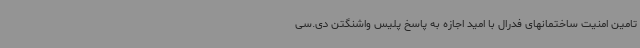
تامین امنیت ساختمانهای فدرال با امید اجازه به پاسخ پلیس واشنگتن دی.سی